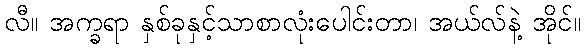
လီ။ အက္ခရာ နှစ်ခုနှင့်သာစာလုံးပေါင်းတာ၊ အယ်လ်နဲ့ အိုင်။